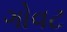
ગોવટ